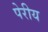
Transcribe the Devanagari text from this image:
पेरीय